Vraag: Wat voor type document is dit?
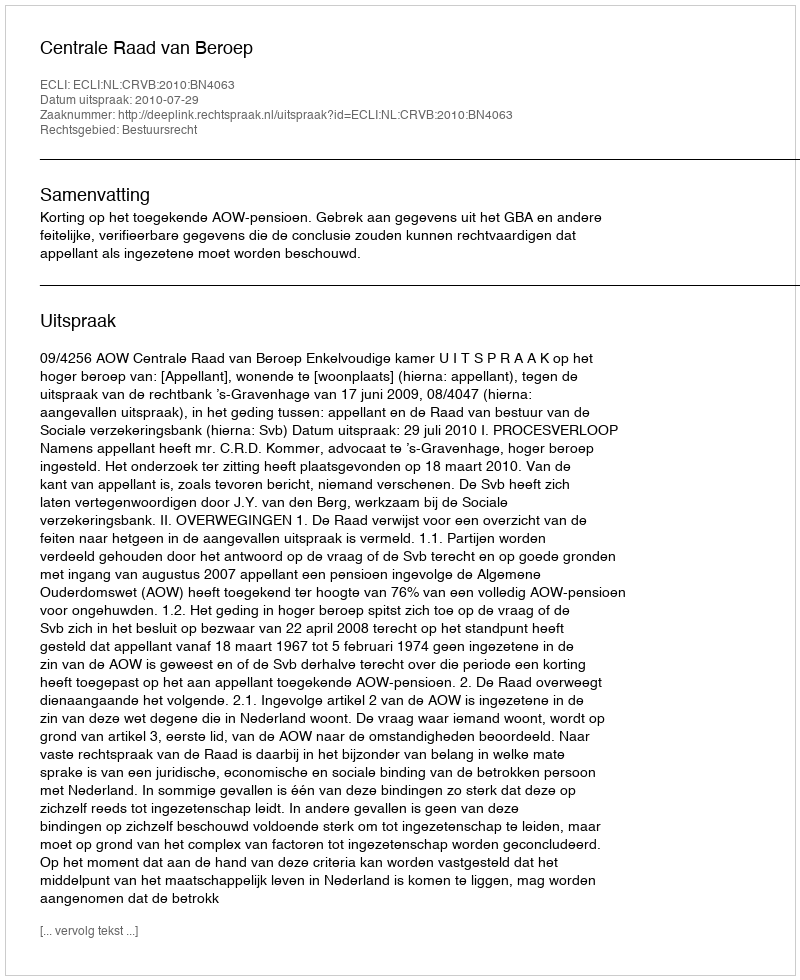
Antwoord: Uitspraak